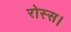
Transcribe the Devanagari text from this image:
रोस्स।